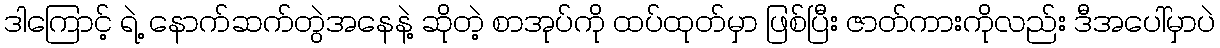
ဒါကြောင့် ရဲ့ နောက်ဆက်တွဲအနေနဲ့ ဆိုတဲ့ စာအုပ်ကို ထပ်ထုတ်မှာ ဖြစ်ပြီး ဇာတ်ကားကိုလည်း ဒီအပေါ်မှာပဲ